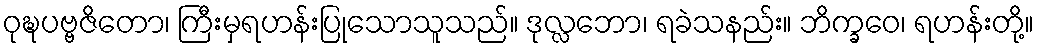
ဝုဍ္ဎပဗ္ဗဇိတော၊ ကြီးမှရဟန်းပြုသောသူသည်။ ဒုလ္လဘော၊ ရခဲသနည်း။ ဘိက္ခဝေ၊ ရဟန်းတို့။